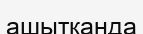
ашытқанда